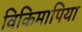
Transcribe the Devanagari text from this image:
विकिमापिया